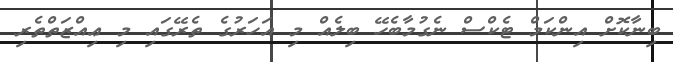
ބިނާކޮށް އިންކަމް ޓެކްސް ނެގުމާބެހޭ ބިލެއް މި އަހަރުގެ ތެރޭގައި މި ޢިއްޒަތްތެރި